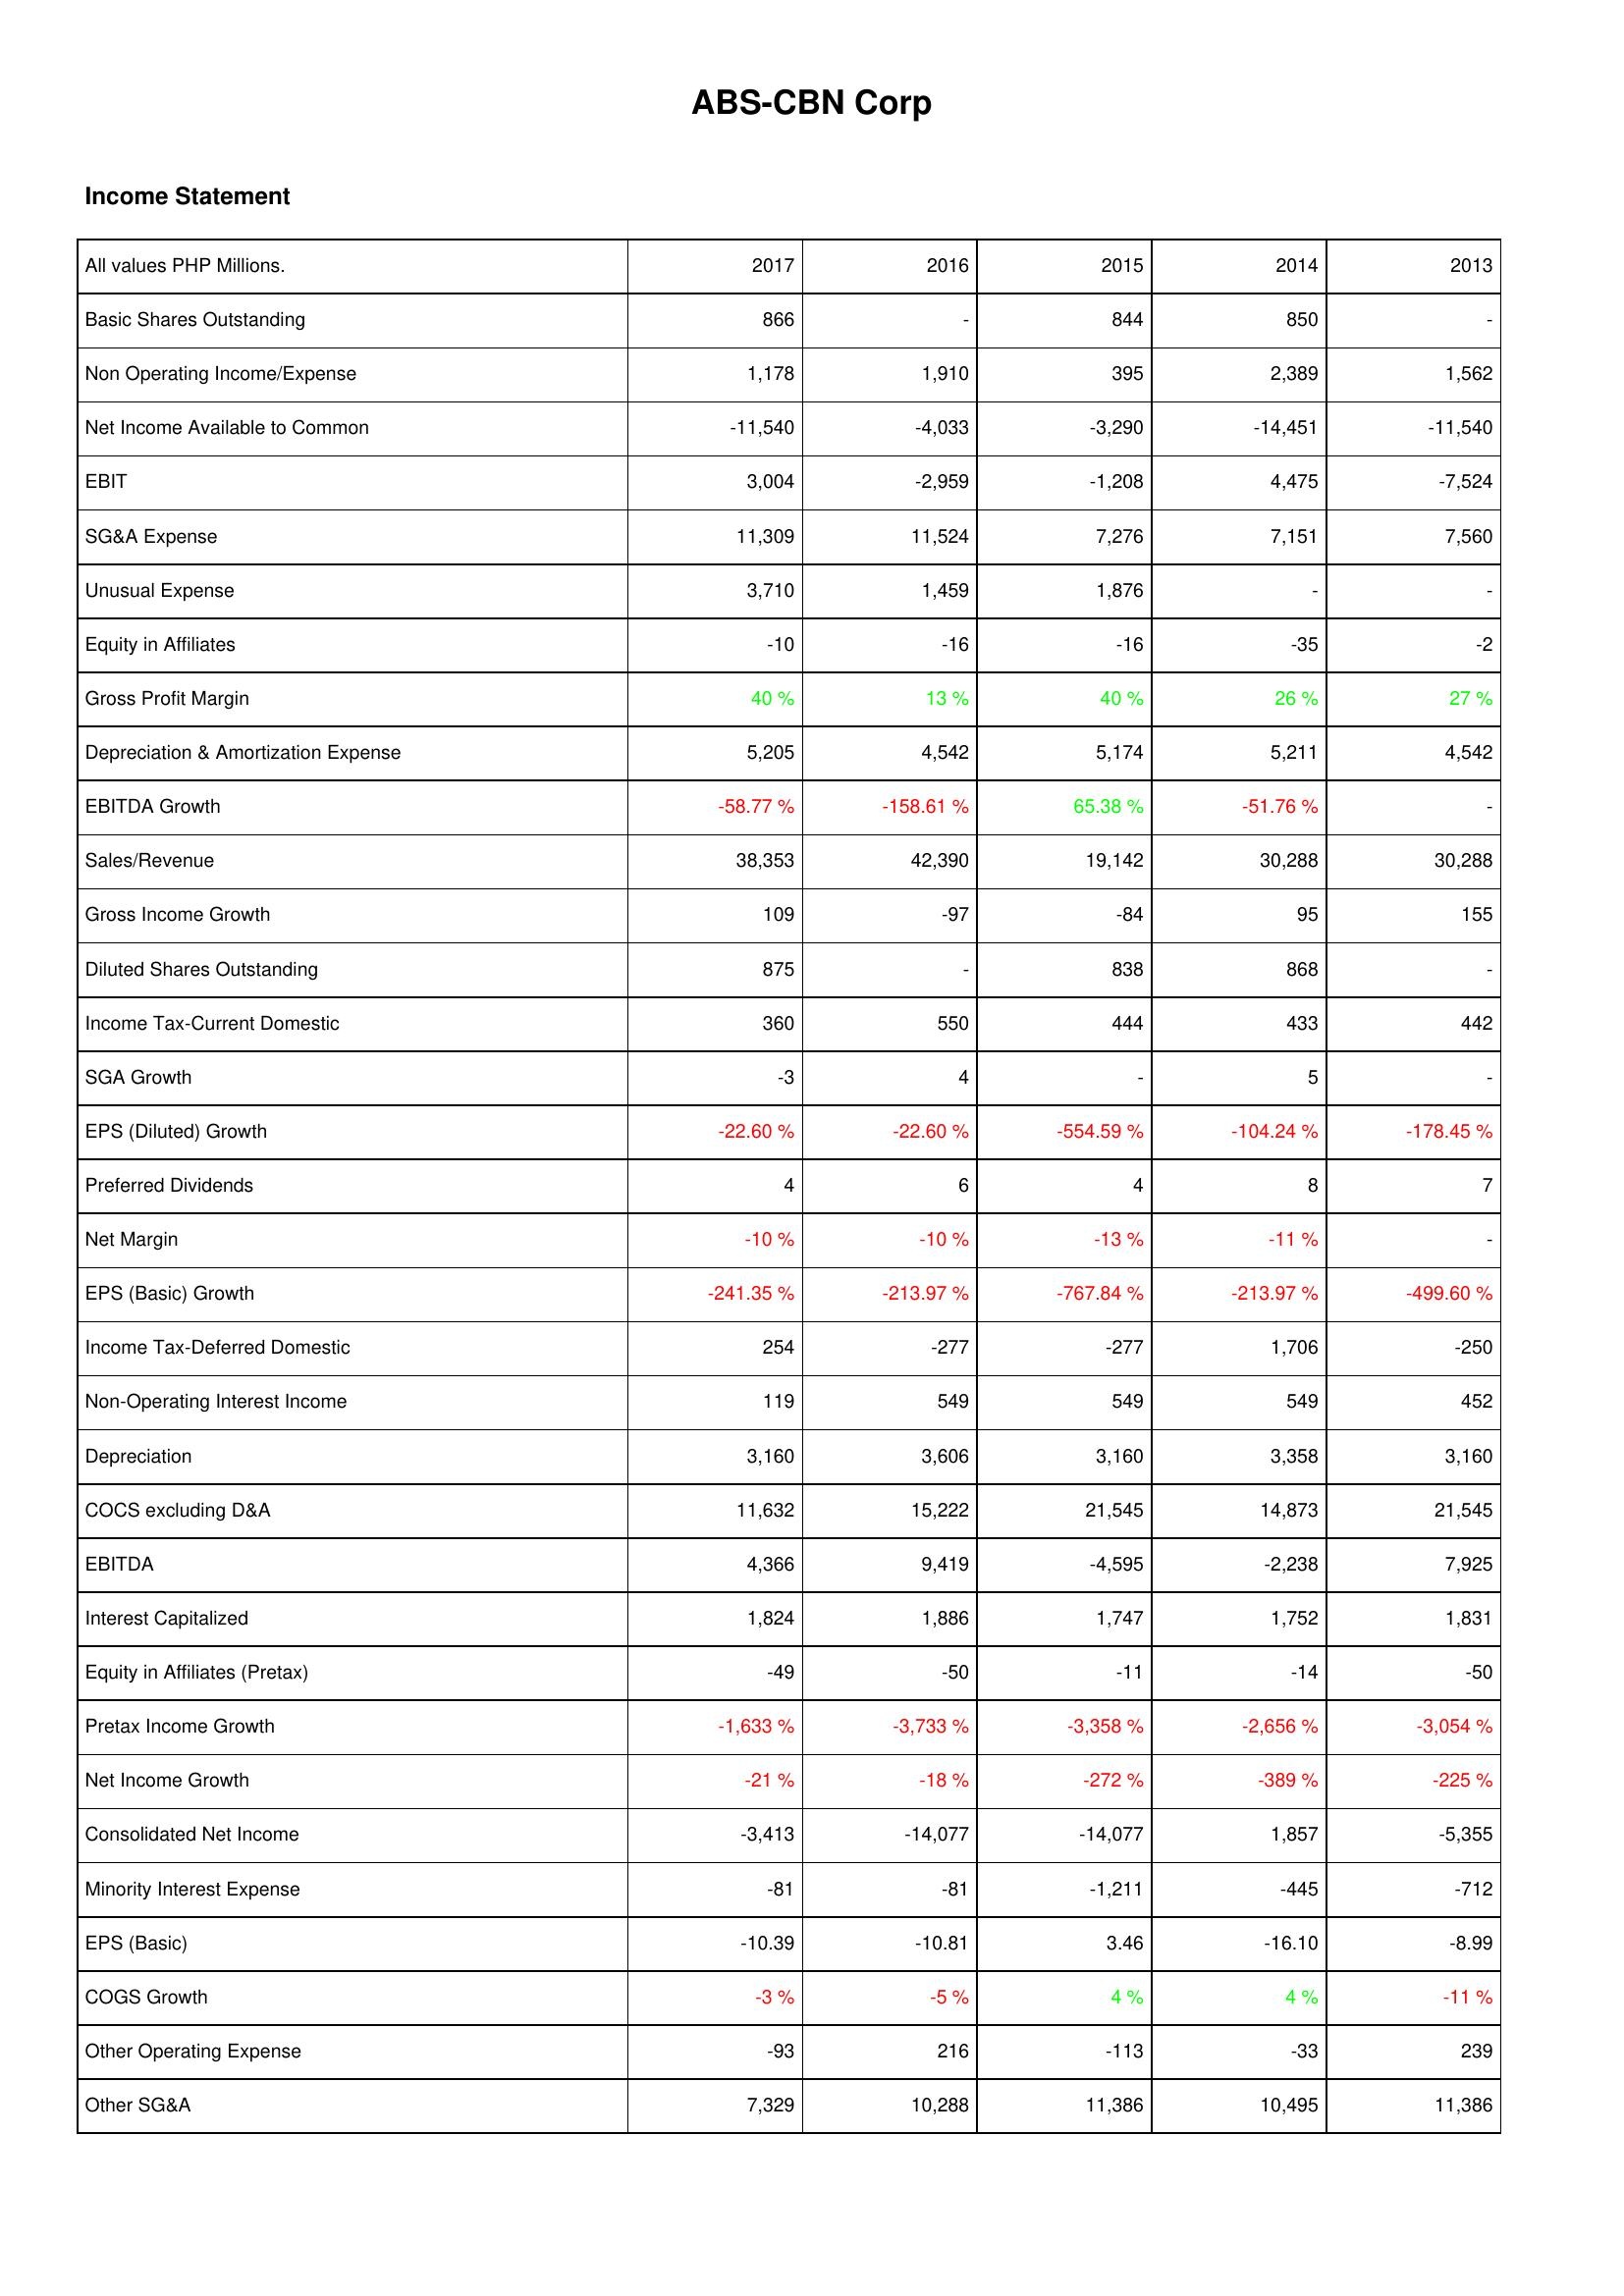
2017: Income Statement: Basic Shares Outstanding: 866
Non Operating Income/Expense: 1,178
Net Income Available to Common: -11,540
EBIT: 3,004
SG&A Expense: 11,309
Unusual Expense: 3,710
Equity in Affiliates: -10
Gross Profit Margin: 40 %
Depreciation & Amortization Expense: 5,205
EBITDA Growth: -58.77 %
Sales/Revenue: 38,353
Gross Income Growth: 109
Diluted Shares Outstanding: 875
Income Tax-Current Domestic: 360
SGA Growth: -3
EPS (Diluted) Growth: -22.60 %
Preferred Dividends: 4
Net Margin: -10 %
EPS (Basic) Growth: -241.35 %
Income Tax-Deferred Domestic: 254
Non-Operating Interest Income: 119
Depreciation: 3,160
COCS excluding D&A: 11,632
EBITDA: 4,366
Interest Capitalized: 1,824
Equity in Affiliates (Pretax): -49
Pretax Income Growth: -1,633 %
Net Income Growth: -21 %
Consolidated Net Income: -3,413
Minority Interest Expense: -81
EPS (Basic): -10.39
COGS Growth: -3 %
Other Operating Expense: -93
Other SG&A: 7,329
2016: Income Statement: Basic Shares Outstanding: -
Non Operating Income/Expense: 1,910
Net Income Available to Common: -4,033
EBIT: -2,959
SG&A Expense: 11,524
Unusual Expense: 1,459
Equity in Affiliates: -16
Gross Profit Margin: 13 %
Depreciation & Amortization Expense: 4,542
EBITDA Growth: -158.61 %
Sales/Revenue: 42,390
Gross Income Growth: -97
Diluted Shares Outstanding: -
Income Tax-Current Domestic: 550
SGA Growth: 4
EPS (Diluted) Growth: -22.60 %
Preferred Dividends: 6
Net Margin: -10 %
EPS (Basic) Growth: -213.97 %
Income Tax-Deferred Domestic: -277
Non-Operating Interest Income: 549
Depreciation: 3,606
COCS excluding D&A: 15,222
EBITDA: 9,419
Interest Capitalized: 1,886
Equity in Affiliates (Pretax): -50
Pretax Income Growth: -3,733 %
Net Income Growth: -18 %
Consolidated Net Income: -14,077
Minority Interest Expense: -81
EPS (Basic): -10.81
COGS Growth: -5 %
Other Operating Expense: 216
Other SG&A: 10,288
2015: Income Statement: Basic Shares Outstanding: 844
Non Operating Income/Expense: 395
Net Income Available to Common: -3,290
EBIT: -1,208
SG&A Expense: 7,276
Unusual Expense: 1,876
Equity in Affiliates: -16
Gross Profit Margin: 40 %
Depreciation & Amortization Expense: 5,174
EBITDA Growth: 65.38 %
Sales/Revenue: 19,142
Gross Income Growth: -84
Diluted Shares Outstanding: 838
Income Tax-Current Domestic: 444
SGA Growth: -
EPS (Diluted) Growth: -554.59 %
Preferred Dividends: 4
Net Margin: -13 %
EPS (Basic) Growth: -767.84 %
Income Tax-Deferred Domestic: -277
Non-Operating Interest Income: 549
Depreciation: 3,160
COCS excluding D&A: 21,545
EBITDA: -4,595
Interest Capitalized: 1,747
Equity in Affiliates (Pretax): -11
Pretax Income Growth: -3,358 %
Net Income Growth: -272 %
Consolidated Net Income: -14,077
Minority Interest Expense: -1,211
EPS (Basic): 3.46
COGS Growth: 4 %
Other Operating Expense: -113
Other SG&A: 11,386
2014: Income Statement: Basic Shares Outstanding: 850
Non Operating Income/Expense: 2,389
Net Income Available to Common: -14,451
EBIT: 4,475
SG&A Expense: 7,151
Unusual Expense: -
Equity in Affiliates: -35
Gross Profit Margin: 26 %
Depreciation & Amortization Expense: 5,211
EBITDA Growth: -51.76 %
Sales/Revenue: 30,288
Gross Income Growth: 95
Diluted Shares Outstanding: 868
Income Tax-Current Domestic: 433
SGA Growth: 5
EPS (Diluted) Growth: -104.24 %
Preferred Dividends: 8
Net Margin: -11 %
EPS (Basic) Growth: -213.97 %
Income Tax-Deferred Domestic: 1,706
Non-Operating Interest Income: 549
Depreciation: 3,358
COCS excluding D&A: 14,873
EBITDA: -2,238
Interest Capitalized: 1,752
Equity in Affiliates (Pretax): -14
Pretax Income Growth: -2,656 %
Net Income Growth: -389 %
Consolidated Net Income: 1,857
Minority Interest Expense: -445
EPS (Basic): -16.10
COGS Growth: 4 %
Other Operating Expense: -33
Other SG&A: 10,495
2013: Income Statement: Basic Shares Outstanding: -
Non Operating Income/Expense: 1,562
Net Income Available to Common: -11,540
EBIT: -7,524
SG&A Expense: 7,560
Unusual Expense: -
Equity in Affiliates: -2
Gross Profit Margin: 27 %
Depreciation & Amortization Expense: 4,542
EBITDA Growth: -
Sales/Revenue: 30,288
Gross Income Growth: 155
Diluted Shares Outstanding: -
Income Tax-Current Domestic: 442
SGA Growth: -
EPS (Diluted) Growth: -178.45 %
Preferred Dividends: 7
Net Margin: -
EPS (Basic) Growth: -499.60 %
Income Tax-Deferred Domestic: -250
Non-Operating Interest Income: 452
Depreciation: 3,160
COCS excluding D&A: 21,545
EBITDA: 7,925
Interest Capitalized: 1,831
Equity in Affiliates (Pretax): -50
Pretax Income Growth: -3,054 %
Net Income Growth: -225 %
Consolidated Net Income: -5,355
Minority Interest Expense: -712
EPS (Basic): -8.99
COGS Growth: -11 %
Other Operating Expense: 239
Other SG&A: 11,386